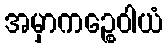
အမှာကဉ္စေဝါယံ